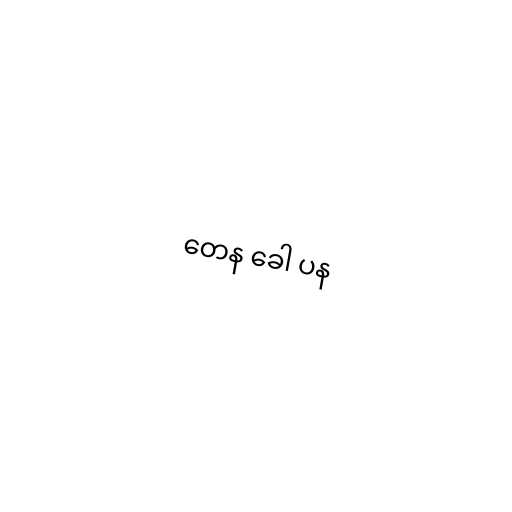
တေန ခေါ ပန